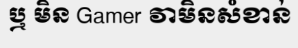
ឬ មិន Gamer វាមិនសំខាន់